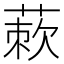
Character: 𬝜